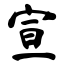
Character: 宣